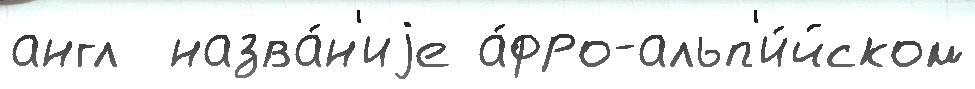
англ  назва́н'иjе а́фро-альп'и́йском